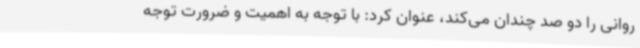
روانی را دو صد چندان می‌کند، عنوان کرد: با توجه به اهمیت و ضرورت توجه